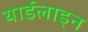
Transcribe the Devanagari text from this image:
यार्डलाइन